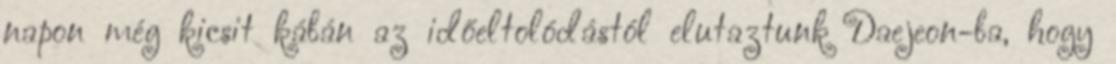
napon még kicsit kábán az időeltolódástól elutaztunk Daejeon-ba, hogy